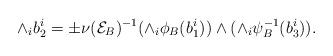
LaTeX: \begin{align*} \wedge_{i}b_2^i = \pm \nu(\mathcal{E}_B)^{-1} (\wedge_{i}\phi_B(b_1^i))\wedge (\wedge_{i} \psi_B^{-1}(b_3^i)).\end{align*}